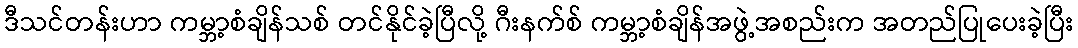
ဒီသင်တန်းဟာ ကမ္ဘာ့စံချိန်သစ် တင်နိုင်ခဲ့ပြီလို့ ဂီးနက်စ် ကမ္ဘာ့စံချိန်အဖွဲ့အစည်းက အတည်ပြုပေးခဲ့ပြီး